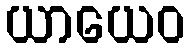
ယာယေဝ